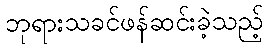
ဘုရားသခင်ဖန်ဆင်းခဲ့သည့်